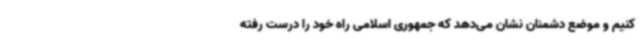
کنیم و موضع دشمنان نشان می‌دهد که جمهوری اسلامی راه خود را درست رفته